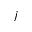
j